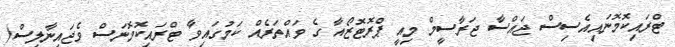
ޓްރައިކޮމޮނައިއެސިސް ޖައްސާ ޖަރާސީމް މިއީ ޕްރޮޓޮޒޯއާ ގެ ވައްތަރެއް ކަމުގައިވާ ޓްރައިކޮމޮނަސް ވެޖައިނާލިސް(